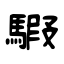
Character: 騢